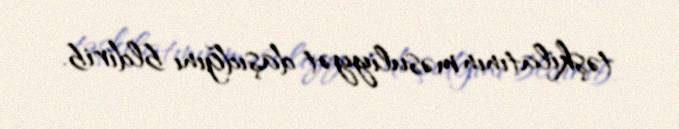
təşkilatının məsuliyyət daşıdğını bldirib.